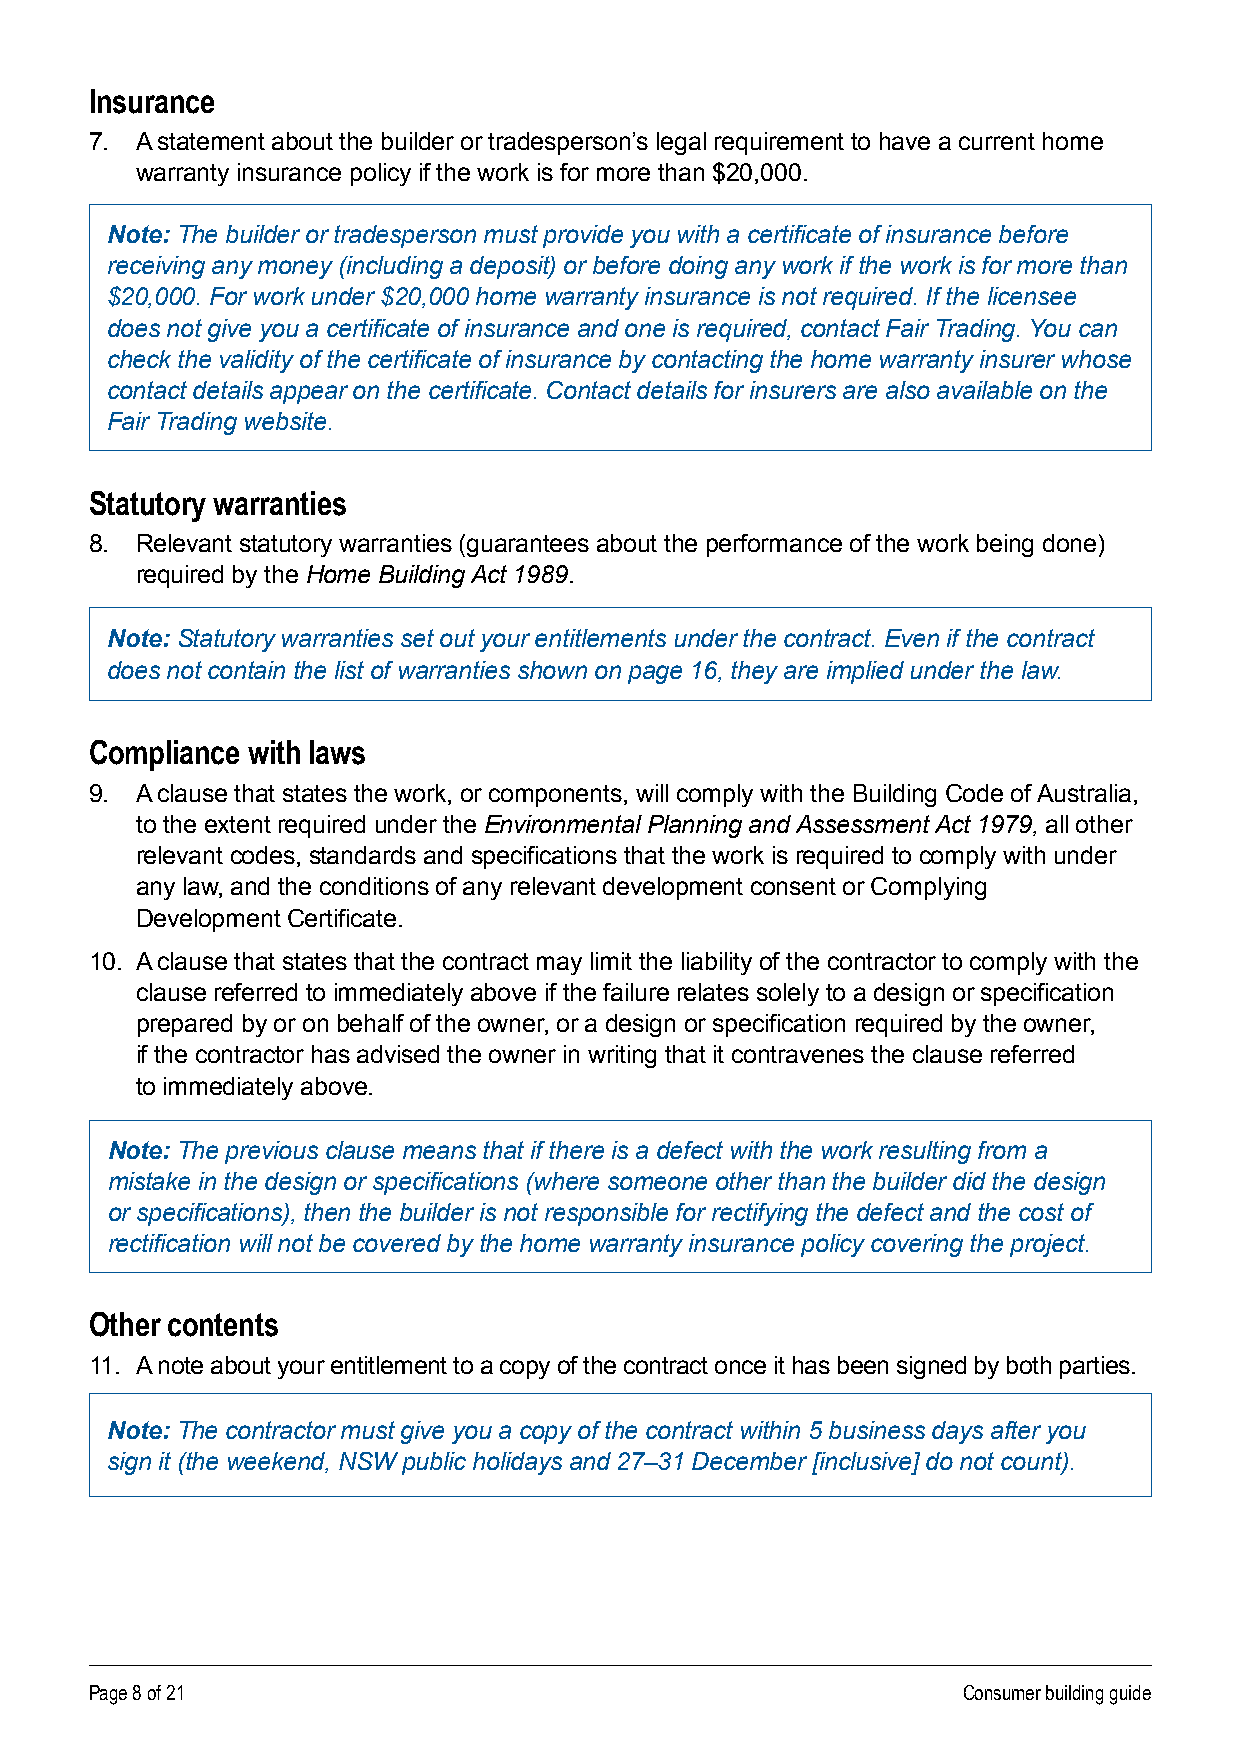
Insurance
 7 . A statement about the builder or tradesperson’s legal requirement to have a current home
 warranty insurance policy if the work is for more than $20,000 .
 Note: The builder or tradesperson must provide you with a certificate of insurance before
 receiving any money (including a deposit) or before doing any work if the work is for more than
 $20,000. For work under $20,000 home warranty insurance is not required. If the licensee
 does not give you a certificate of insurance and one is required, contact Fair Trading. You can
 check the validity of the certificate of insurance by contacting the home warranty insurer whose
 contact details appear on the certificate. Contact details for insurers are also available on the
 Fair Trading website.
 Statutory warranties
 8 . Relevant statutory warranties (guarantees about the performance of the work being done)
 required by the Home Building Act 1989 .
 Note: Statutory warranties set out your entitlements under the contract. Even if the contract
 does not contain the list of warranties shown on page 16, they are implied under the law.
 Compliance with laws
 9 . A clause that states the work, or components, will comply with the Building Code of Australia,
 to the extent required under the Environmental Planning and Assessment Act 1979, all other
 relevant codes, standards and specifications that the work is required to comply with under
 any law, and the conditions of any relevant development consent or Complying
 Development Certificate.
 10 . A clause that states that the contract may limit the liability of the contractor to comply with the
 clause referred to immediately above if the failure relates solely to a design or specification
 prepared by or on behalf of the owner, or a design or specification required by the owner,
 if the contractor has advised the owner in writing that it contravenes the clause referred
 to immediately above .
 Note: The previous clause means that if there is a defect with the work resulting from a
 mistake in the design or specifications (where someone other than the builder did the design
 or specifications), then the builder is not responsible for rectifying the defect and the cost of
 rectification will not be covered by the home warranty insurance policy covering the project.
 Other contents
 11 . A note about your entitlement to a copy of the contract once it has been signed by both parties .
 Note: The contractor must give you a copy of the contract within 5 business days after you
 sign it (the weekend, NSW public holidays and 27–31 December [inclusive] do not count).
 Page 8 of 21                                              Consumer building guide